Report of an investigation into the causes of malaria in Bombay and the measures necessary for its control
Disease focus: Malaria
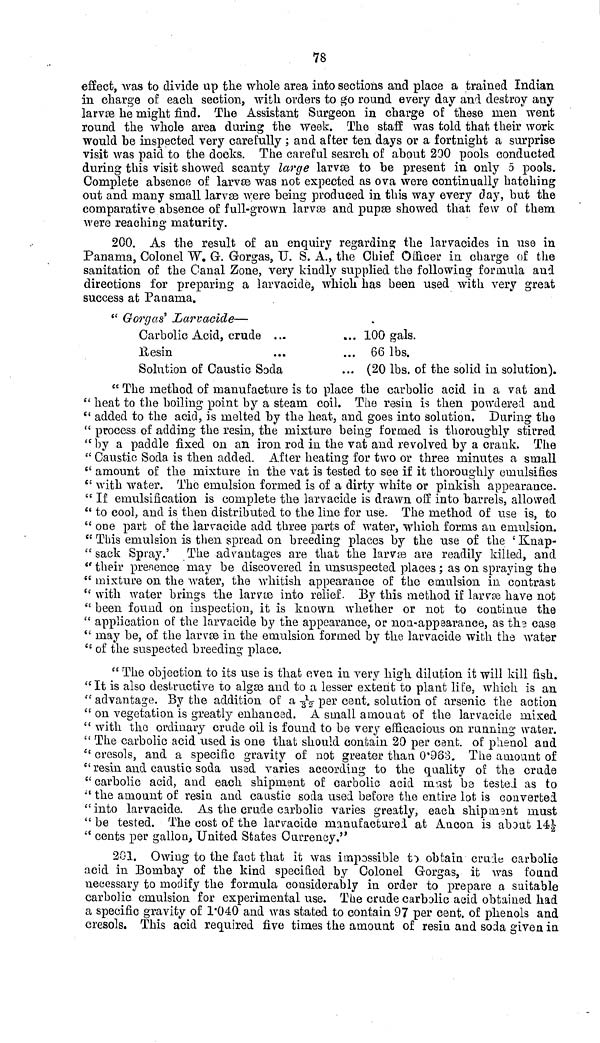
78
effect, was to divide up the whole area into sections and place a trained Indian
in charge of each section, with orders to go round every day and destroy any
larvæ he might find. The Assistant Surgeon in charge of these men went
round the whole area during the week. The staff was told that, their work
would he inspected very carefully ; and after ten days or a fortnight a surprise
visit was paid to the docks. The careful search of about 200 pools conducted
during this visit showed scanty large larvæ to be present in only 5 pools.
Complete absence of larvæ was not expected as ova were continually hatching
out and many small larvas were being produced in this way every day, but the
comparative absence of full-grown larvæ and pupae showed that few of them
were reaching maturity.
200. As the result of an enquiry regarding the larvacides in use in
Panama, Colonel W. G. Gorgas, U. S. A., the Chief Officer in charge of the
sanitation of the Canal Zone, very kindly supplied the following formula and
directions for preparing a larvacide, which has been used with very great
success at Panama.
" Gorgas' Larvacide—
Carbolic Acid, crude ..
Resin
Solution of Caustic Soda
.. 100 gals.
.. 66 lbs.
.. (20 lbs. of the solid in solution).
" The method of manufacture is to place the carbolic acid in a vat and
" heat to the boiling point by a steam coil. The resin is then powdered and
" added to the acid, is melted by the heat, and goes into solution. During the
" process of adding the resin, the mixture being formed is thoroughly stirred
"by a paddle fixed on an iron rod in the vat and revolved by a crank. The
" Caustic Soda is then added. After heating for two or three minutes a small
" amount of the mixture in the vat is tested to see if it thoroughly emulsifies
" with water. The emulsion formed is of a dirty white or pinkish appearance.
" If emulsification is complete the larvacide is drawn off into barrels, allowed
" to cool, and is then distributed to the line for use. The method of use is, to
" one part of the larvacide add three parts of water, which forms an emulsion.
" This emulsion is then spread on breeding places by the use of the ' Knap-
" sack Spray.' The advantages are that the larvas are readily killed, and
" their presence may be discovered in unsuspected places ; as on spraying the
" mixture on the water, the whitish appearance of the emulsion in contrast
" with water brings the larvæ into relief. By this method if larvæ have not
" been found on inspection, it is known whether or not to continue the
" application of the larvacide by the appearance, or non-appearance, as the case
" may be, of the larvæ in the emulsion formed by the larvacide with the water
" of the suspected breeding place.
" The objection to its use is that even in very high dilution it will kill fish.
"It is also destructive to algae and to a lesser extent to plant life, which is an
" advantage. By the addition of a 1/32 per cent. solution of arsenic the action
" on vegetation is greatly enhanced. A small amount of the larvæide mixed
" with the ordinary crude oil is found to be very efficacious on running water.
" The carbolic acid used is one that should contain 20 per cent. of phenol and
" cresols, and a specific gravity of not greater than 0.968. The amount of
" resin and caustic soda used varies according to the quality of the crude
" carbolic acid, and each shipment of carbolic acid must be testel as to
"the amount of resin and caustic soda used before the entire lot is converted
"into larvacide. As the crude carbolic varies greatly, each shipment must
" be tested. The cost of the larvacide manufactured at Ancon is about 141/2
" cents per gallon, United States Currency."
201. Owing to the fact that it was impossible to obtain crude carbolic
acid in Bombay of the kind specified by Colonel Gorgas, it was found
necessary to modify the formula considerably in order to prepare a suitable
carbolic emulsion for experimental use. The crude carbolic acid obtained had
a specific gravity of 1.040 and was stated to contain 97 per cent. of phenols and
cresols. This acid required five times the amount of resin and soda given in